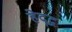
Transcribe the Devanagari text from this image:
हेद्द्न